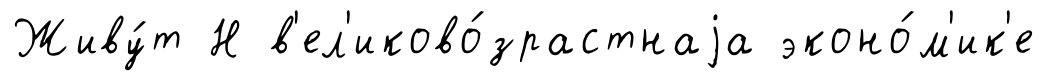
Живу́т Н в'ел'иково́зрастнаjа эконо́м'ик'е